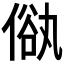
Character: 𠌢